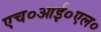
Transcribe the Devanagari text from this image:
एच०आई०एल०